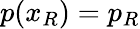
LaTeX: p(x_{R})=p_{R}